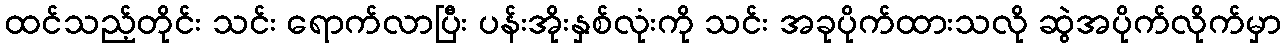
ထင်သည့်တိုင်း သင်း ရောက်လာပြီး ပန်းအိုးနှစ်လုံးကို သင်း အခုပိုက်ထားသလို ဆွဲအပိုက်လိုက်မှာ